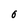
Character: 0